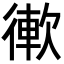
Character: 𢕢